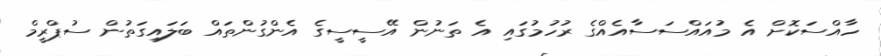
ހާއްސަކޮށް އެ މުއައްސަސާއެއްގެ ރުހުމުގައި އެ ތަނުން އޭސީސީގެ އެންގުންތައް ބަލައިގަތުން ސުޕްރީމް